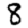
Digit: 8